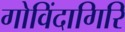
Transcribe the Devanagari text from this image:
गोविंदागिरि